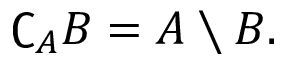
\complement _ { A } B = A \setminus B .